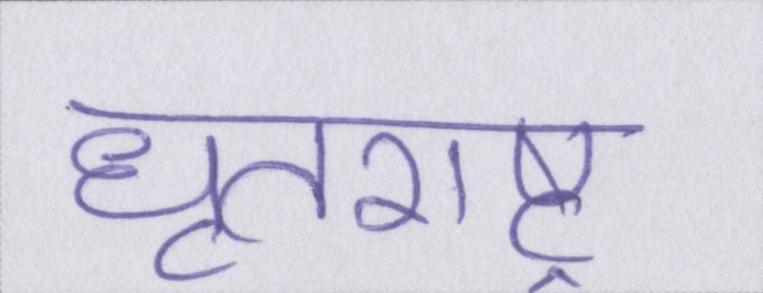
धॄतराष्ट्र